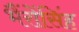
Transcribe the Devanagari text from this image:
भैंरोंसिंह